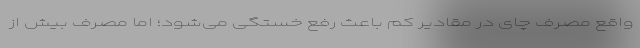
واقع مصرف چای در مقادیر کم باعث رفع خستگی می‌شود؛ اما مصرف بیش از